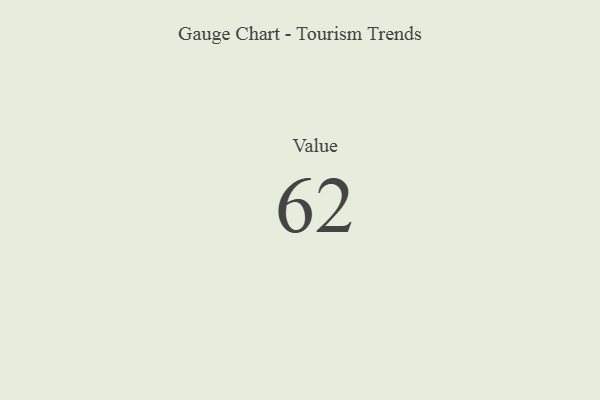
{"axis": {"x": "Metric", "y": "Value"}, "legend": [""], "data": [{"x": "Value", "y": 62, "type": ""}]}